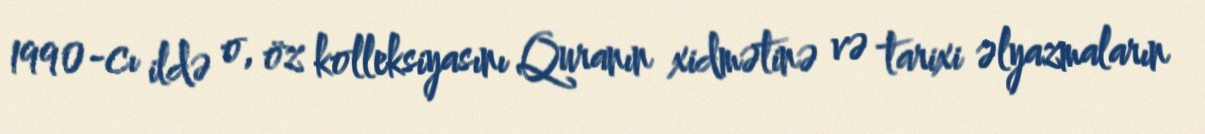
1990-cı ildə o, öz kolleksiyasını Quranın xidmətinə və tarixi əlyazmaların